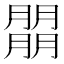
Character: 朤